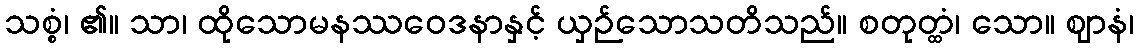
သစ္စံ၊ ၏။ သာ၊ ထိုသောမနဿဝေဒနာနှင့် ယှဉ်သောသတိသည်။ စတုတ္ထံ၊ သော။ ဈာနံ၊